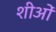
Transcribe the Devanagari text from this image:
शीओं